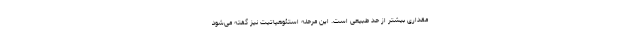
مقداری بیشتر از حد طبیعی است. این مرحله استئوهپاتیت نیز گفته می‌شود